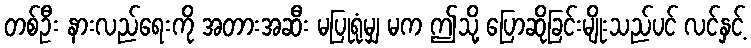
တစ်ဦး နားလည်ရေးကို အတားအဆီး မပြုရုံမျှ မက ဤသို့ ပြောဆိုခြင်းမျိုးသည်ပင် လင်နှင့်